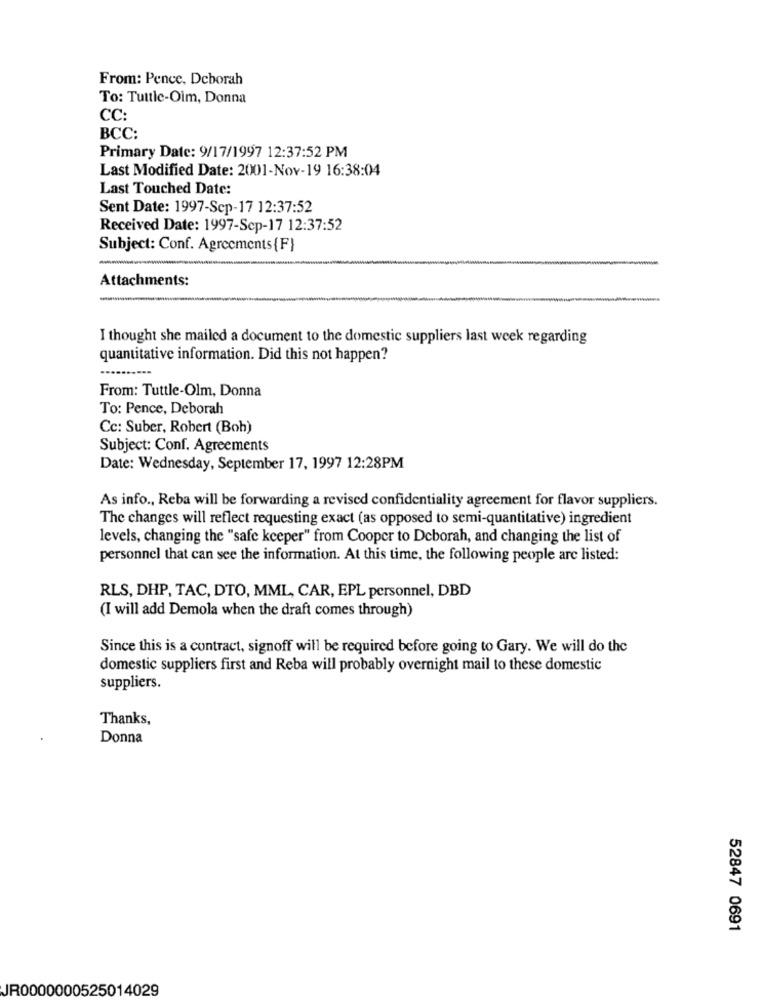
From: Pence, Deborah
To: Tuttle-Oim, Donna
CC:
BCC:
Primary Date: 9/17/1997 12:37:52 PM
Last Modified Date: 2001-Nov-19 16:38:04
Last Touched Date:
Sent Date: 1997-Scp-17 12:37:52
Received Date: 1997-Sep-17 12:37:52
Subject: Conf. Agreements{F}
Attachments:
-
I thought she mailed a document to the domestic suppliers last week regarding
quantitative information. Did this not happen?
From: Tuttle-Olm, Donna
To: Pence, Deborah
Cc: Suber, Robert (Boh)
Subject: Conf. Agreements
Date: Wednesday, September 17, 1997 12:28PM
As info ., Reba will be forwarding a revised confidentiality agreement for flavor suppliers.
The changes will reflect requesting exact (as opposed to semi-quantitative) ingredient
levels, changing the "safe keeper" from Cooper to Deborah, and changing the list of
personnel that can see the information. At this time, the following people are listed:
RLS, DHP, TAC, DTO, MML, CAR, EPL personnel, DBD
(I will add Demola when the draft comes through)
Since this is a contract, signoff will be required before going to Gary. We will do the
domestic suppliers first and Reba will probably overnight mail to these domestic
suppliers.
Thanks,
Donna
52847 0691
JR0000000525014029